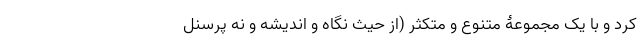
کرد و با یک مجموعۀ متنوع و متکثر (از حیث نگاه و اندیشه و نه پرسنل